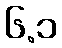
၆.၁